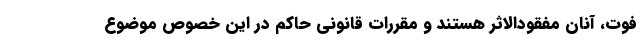
فوت، آنان مفقودالاثر هستند و مقررات قانونی حاکم در این خصوص موضوع